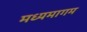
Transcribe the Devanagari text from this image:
मध्यमागम